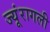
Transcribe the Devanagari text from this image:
ज्यूंरागली